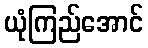
ယုံကြည်အောင်